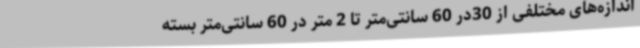
اندازه‌های مختلفی از 30در 60 سانتی‌متر تا 2 متر در 60 سانتی‌متر بسته